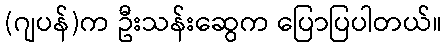
(ဂျပန်)က ဦးသန်းဆွေက ပြောပြပါတယ်။